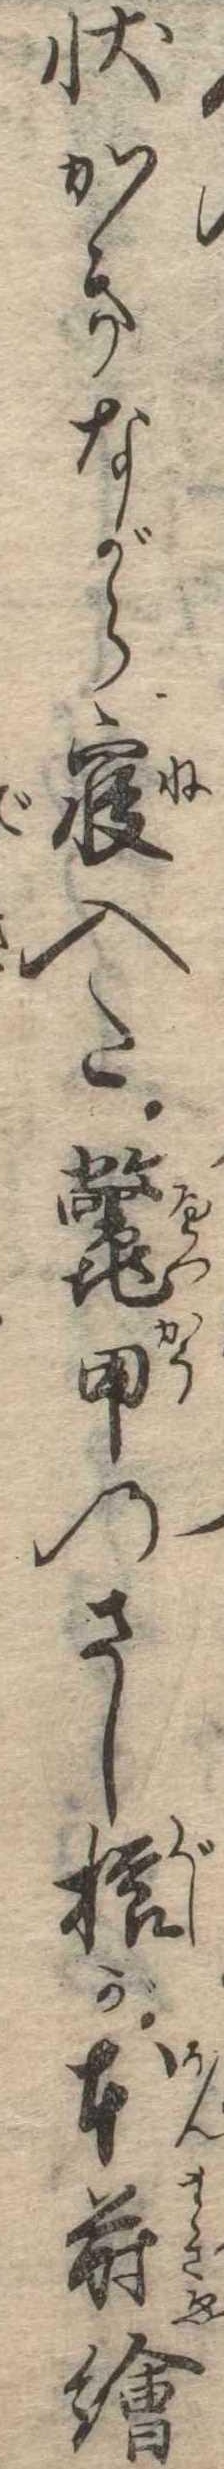
状かきながら寝入た鼈甲のさし櫛が本蒔絵